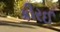
કીરઈ